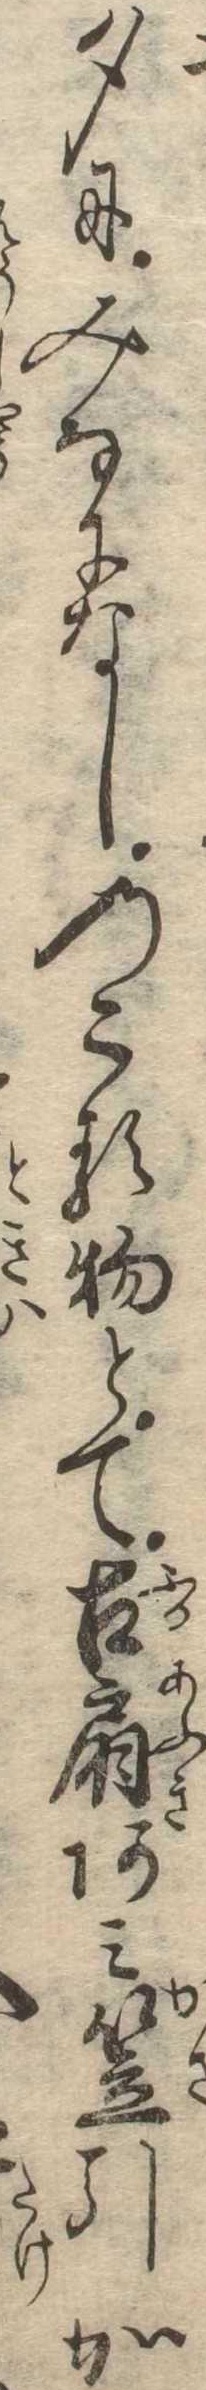
夕にみなになしのこる物とて古扇あみ笠引か